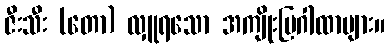
ဇီးသီး (တော) လှူရသော အကျိုးပြဂါထာများ။